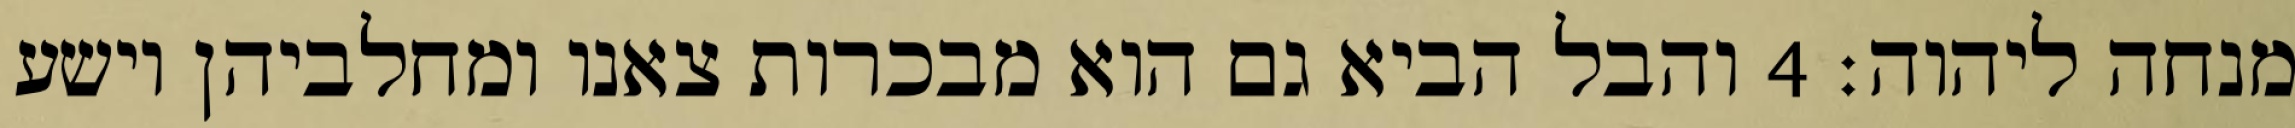
מנחה ליהוה׃ ‎4‏ והבל הביא גם הוא מבכרות צאנו ומחלביהן וישע